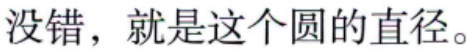
没错，就是这个圆的直径。